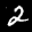
Label: 2